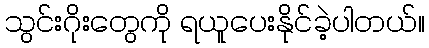
သွင်းဂိုးတွေကို ရယူပေးနိုင်ခဲ့ပါတယ်။